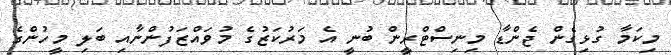
މިކަމާ ގުޅިގެން ޖެންޑާ މިނިސްޓްރީން ބުނީ އެ މަރުކަޒުގެ މުވައްޒަފުންނާއި ބަލި މީހުންގެ